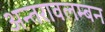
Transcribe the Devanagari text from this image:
अन्तरावलम्बन